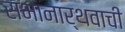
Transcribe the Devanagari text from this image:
सभानार्थवाची